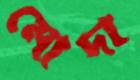
মোদা